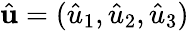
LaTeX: \hat{\mathbf u}=(\hat{u}_{1},\hat{u}_{2},\hat{u}_{3})